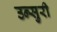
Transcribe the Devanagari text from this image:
उन्सुरी